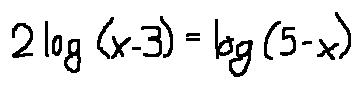
2 \log ( x - 3 ) = \log ( 5 - x )